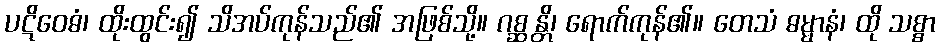
ပဋိဝေဓံ၊ ထိုးထွင်း၍ သိအပ်ကုန်သည်၏ အဖြစ်သို့။ ဂစ္ဆန္တိ၊ ရောက်ကုန်၏။ တေသံ ဓမ္မာနံ၊ ထို သစ္စာ